Indian journal of veterinary science and animal husbandry - Volume 9,
Year: 1939
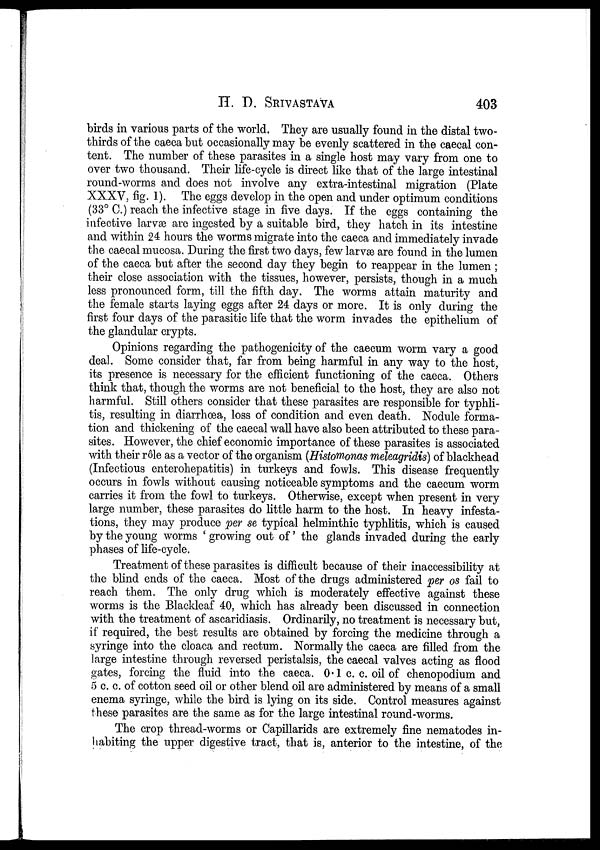
H. D.
SRIVASTAVA
403
birds in various parts of the world. They are usually found in the distal two-
thirds of the caeca but occasionally may be evenly scattered in the caecal con-
tent. The number of these parasites in a single host may vary from one to
over two thousand. Their life-cycle is direct like that of the large intestinal
round-worms and does not involve any extra-intestinal migration (Plate
XXXV, fig. 1). The eggs develop in the open and under optimum conditions
(33° C.) reach the infective stage in five days. If the eggs containing the
infective larvæ are ingested by a suitable bird, they hatch in its intestine
and within 24 hours the worms migrate into the caeca and immediately invade
the caecal mucosa. During the first two days, few larvæ are found in the lumen
of the caeca but after the second day they begin to reappear in the lumen ;
their close association with the tissues, however, persists, though in a much
less pronounced form, till the fifth day. The worms attain maturity and
the female starts laying eggs after 24 days or more. It is only during the
first four days of the parasitic life that the worm invades the epithelium of
the glandular crypts.
Opinions regarding the pathogenicity of the caecum worm vary a good
deal. Some consider that, far from being harmful in any way to the host,
its presence is necessary for the efficient functioning of the caeca. Others
think that, though the worms are not beneficial to the host, they are also not
harmful. Still others consider that these parasites are responsible for typhli-
tis, resulting in diarrhœa, loss of condition and even death. Nodule forma-
tion and thickening of the caecal wall have also been attributed to these para-
sites. However, the chief economic importance of these parasites is associated
with their rôle as a vector of the organism (Histomonas meleagridis) of blackhead
(Infectious enterohepatitis) in turkeys and fowls. This disease frequently
occurs in fowls without causing noticeable symptoms and the caecum worm
carries it from the fowl to turkeys. Otherwise, except when present in very
large number, these parasites do little harm to the host. In heavy infesta-
tions, they may produce per se typical helminthic typhlitis, which is caused
by the young worms ' growing out of' the glands invaded during the early
phases of life-cycle.
Treatment of these parasites is difficult because of their inaccessibility at
the blind ends of the caeca. Most of the drugs administered per os fail to
reach them. The only drug which is moderately effective against these
worms is the Blackleaf 40, which has already been discussed in connection
with the treatment of ascaridiasis. Ordinarily, no treatment is necessary but,
if required, the best results are obtained by forcing the medicine through a
syringe into the cloaca and rectum. Normally the caeca are filled from the
large intestine through reversed peristalsis, the caecal valves acting as flood
gates, forcing the fluid into the caeca. 0.1 c. c. oil of chenopodium and
5 c. c. of cotton seed oil or other blend oil are administered by means of a small
enema syringe, while the bird is lying on its side. Control measures against
these parasites are the same as for the large intestinal round-worms.
The crop thread-worms or Capillarids are extremely fine nematodes in-
habiting the upper digestive tract, that is, anterior to the intestine, of the